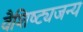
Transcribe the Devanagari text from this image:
वैशिष्ट्यजन्य